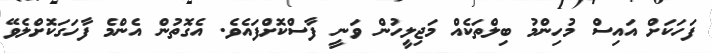
ފަހަކަށް އައިސް މުހިންމު ބިލްތަކެއް މަޖިލީހުން ވަނީ ފާސްކޮށްފައެވެ. އެގޮތުން އެންމެ ފާހަގަކޮށްލެވޭ